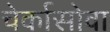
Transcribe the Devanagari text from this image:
चेर्कासोवा